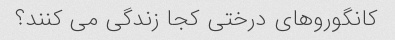
کانگوروهای درختی کجا زندگی می کنند؟